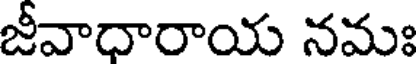
జీవాధారాయ నమః